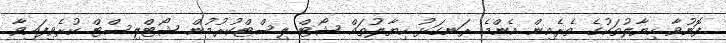
ފޮނުވާ ހިޔާލުތަކުގެ ތެރެއިން އެންމެ ރަނގަޅު ހިޔާލުތައް ޝޯޓް ލިސްޓްކުރުމުން ޝޯޓްލިސްޓް ކުރެވިފައިވާ